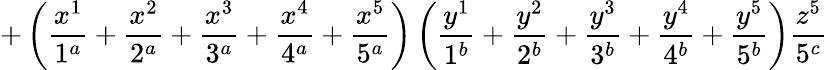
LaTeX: +\left(\frac{x^{1}}{1^{a}}+\frac{x^{2}}{2^{a}}+\frac{x^{3}}{3^{a}}+\frac{x^{4}}{4^{a}}+\frac{x^{5}}{5^{a}}\right)\left(\frac{y^{1}}{1^{b}}+\frac{y^{2}}{2^{b}}+\frac{y^{3}}{3^{b}}+\frac{y^{4}}{4^{b}}+\frac{y^{5}}{5^{b}}\right)\frac{z^{5}}{5^{c}}